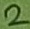
Text: 2